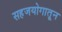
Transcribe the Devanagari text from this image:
सहजयोगातून